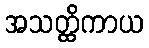
အသတ္ထိကာယ